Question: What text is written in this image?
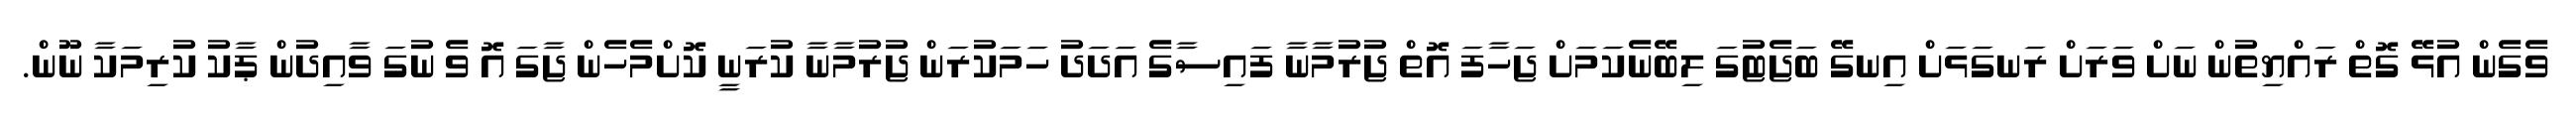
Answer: ވެގެން އުޅޭ ގޮތް ރައްޔިތުން ނަށް ވަރަށް ރަނގަޅަށް އިނގޭ ބަޖެޓުގަ ލިބޭނެކަމަށް ޖަހާފަ އޮތް ޖުރުމާނާ ފައިސާގެ އަދަދު ހަމަކުރަން ޖުރުމާނާ ކުރަނީ ކޮށްމެހެން ޖާގަ އޮ ވެ ނުގަ ވާއިދުން ޕާކު ކުރިމަކާ ނޫން.